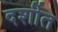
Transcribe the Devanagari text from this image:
दर्शीत